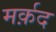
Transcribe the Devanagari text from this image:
मर्क़द